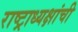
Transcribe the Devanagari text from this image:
राष्ट्राध्यक्षांची